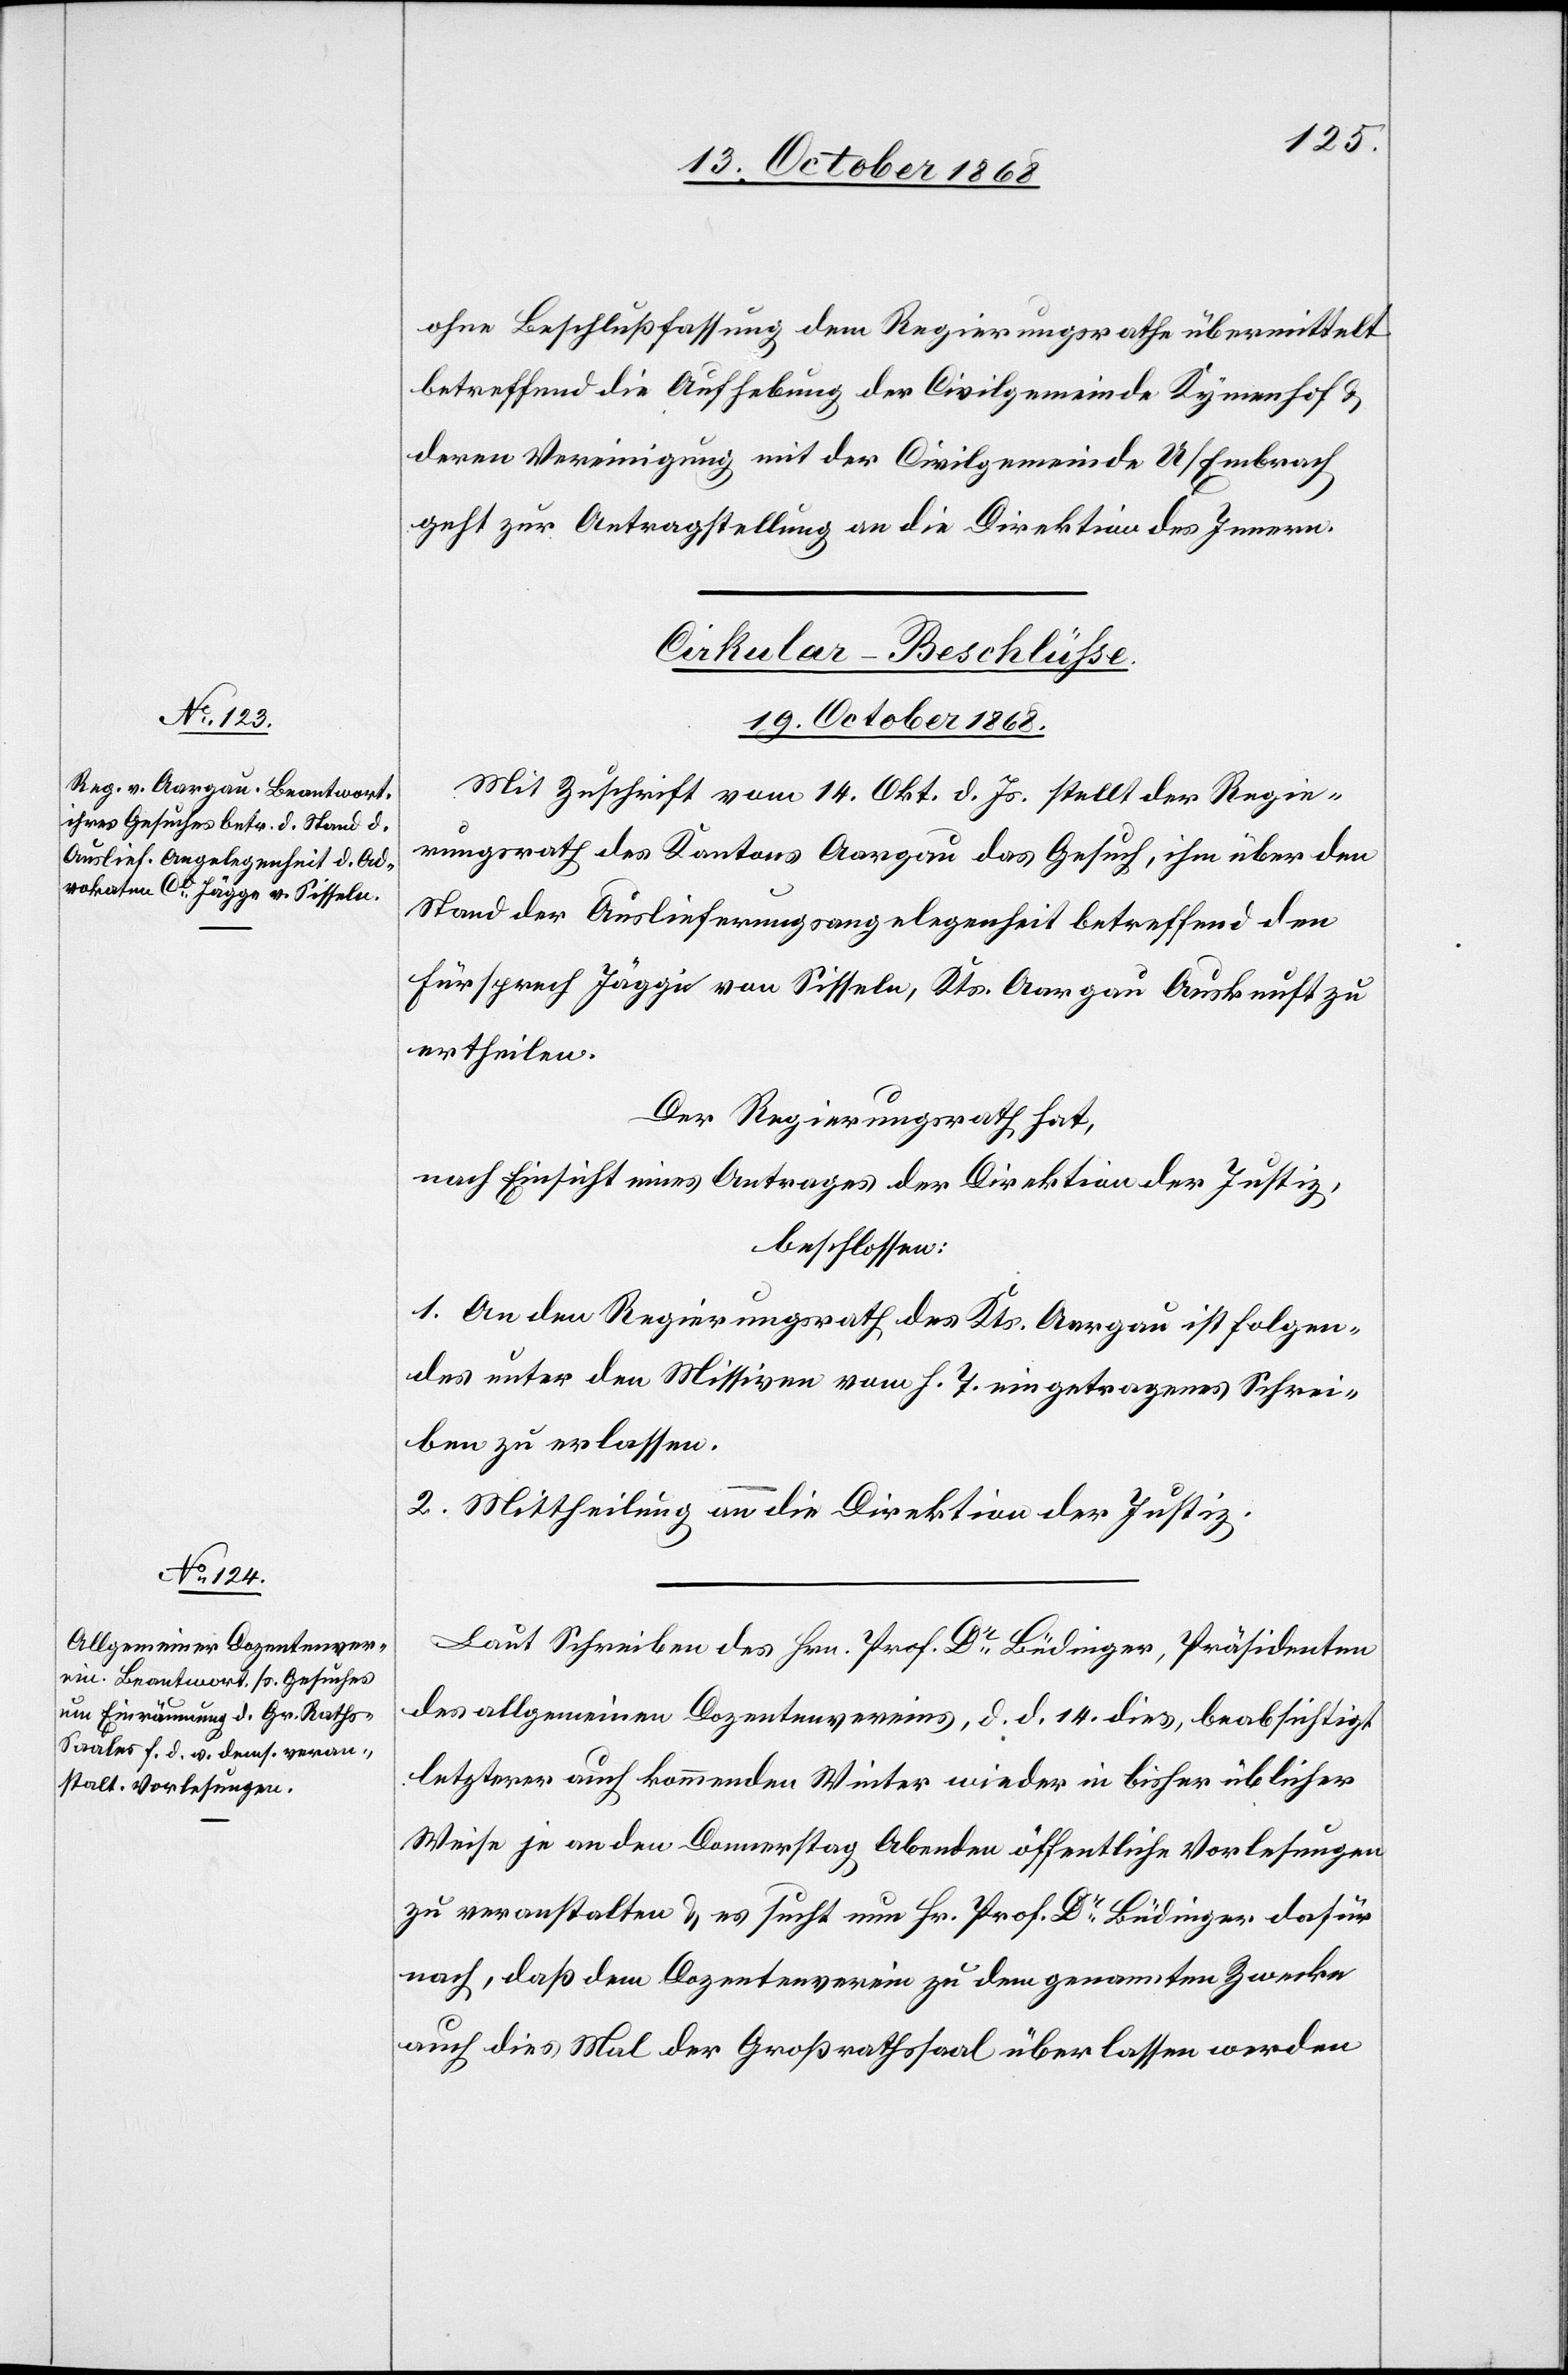
ohne Beschlußfassung dem Regierungsrathe übermittelt
betreffend die Aufhebung der Civilgemeinde Kymenhof &
deren Vereinigung mit der Civilgemeinde U/Embrach
geht zur Antragstellung an die Direktion des Innern.
[Cirkular-Beschlüsse.
19. October 1868.]
Mit Zuschrift vom 14. Okt. d. Js. stellt der Regie¬
rungsrath des Kantons Aargau das Gesuch, ihm über den
Stand der Auslieferungsangelegenheit betreffend den
Fürsprech Jägge von Sisseln, Kts. Aargau Auskunft zu
ertheilen.
Der Regierungsrath hat,
nach Einsicht eines Antrages der Direktion der Justiz,
beschlossen:
1. An den Regierungsrath des Kts. Aargau ist folgen¬
des unter den Missiven vom h. T. eingetragenes Schrei¬
ben zu erlassen.
2. Mittheilung an die Direktion der Justiz.
Laut Schreiben des Hrn. Prof. Dr Büdinger, Präsidenten
des allgemeinen Dozentenvereins, d. d. 14. dies, beabsichtigt
letzterer auch kommenden Winter wieder in bisher üblicher
Weise je an den Donnerstag Abenden öffentliche Vorlesungen
zu veranstalten & es sucht nun Hr. Prof. Dr Büdinger dafür
nach, daß dem Dozentenverein zu dem genannten Zwecke
auch dies Mal der Großrathssaal überlassen werden